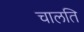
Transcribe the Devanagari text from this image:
चालति